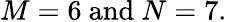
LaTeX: M=6\mathrm{\ and\ }N=7.